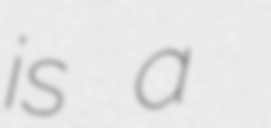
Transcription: is a